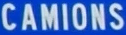
CAMIONS